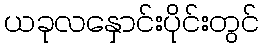
ယခုလနှောင်းပိုင်းတွင်